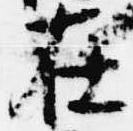
在